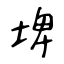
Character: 埤